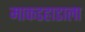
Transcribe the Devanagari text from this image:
माकडहाडाला